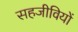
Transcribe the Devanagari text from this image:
सहजीवियों